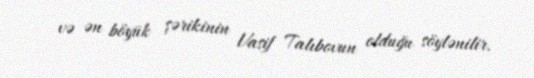
və ən böyük şərikinin Vasif Talıbovun olduğu söylənilir.